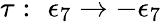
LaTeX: \tau:\, \, \epsilon_{7}\rightarrow-\epsilon_{7}